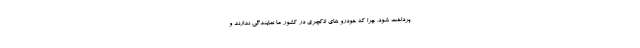
پرداخت شود. چرا که خودرو های لاکچری در کشور ما نمایندگی ندارند و